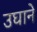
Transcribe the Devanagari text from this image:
उघाने